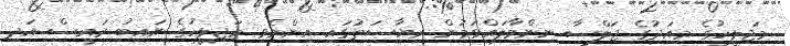
މަޖިލީހުގެ މިއަދުގެ ޖަލްސާ ނިންމާލައްވަމުން ރިޔާސަތުގައި އިންނެވި މަޖިލީހުގެ ނައިބު ރައީސް އަދި